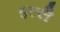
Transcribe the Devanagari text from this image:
इल्लै